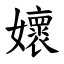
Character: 㜳